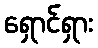
ရှောင်ရှား